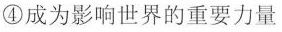
④成为影响世界的重要力量